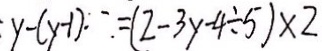
y - ( y - 1 ) \cdot = ( 2 - 3 y - 4 \div 5 ) \times 2